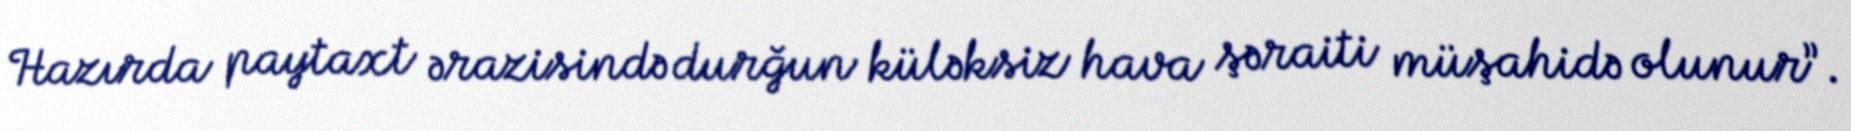
Hazırda paytaxt ərazisində durğun küləksiz hava şəraiti müşahidə olunur”.